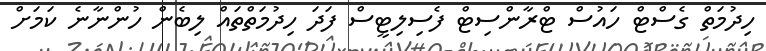
ހިދުމަތް ގެސްޓް ހައުސް ޓްރާންސިޓް ފެސިލިޓީސް ފަދަ ހިދުމަތްތައް ލިބެން ހުންނާނެ ކަމަށް